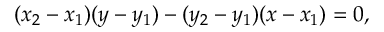
( x _ { 2 } - x _ { 1 } ) ( y - y _ { 1 } ) - ( y _ { 2 } - y _ { 1 } ) ( x - x _ { 1 } ) = 0 ,